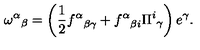
{ \omega ^ { \alpha } } _ { \beta } = \left( { \frac { 1 } { 2 } } { f ^ { \alpha } } _ { \beta \gamma } + { f ^ { \alpha } } _ { \beta i } { \Pi ^ { i } } _ { \gamma } \right) e ^ { \gamma } .